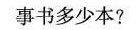
事书多少本?